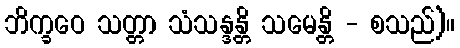
ဘိက္ခဝေ သတ္တာ သံသန္ဒန္တိ သမေန္တိ - စသည်)။